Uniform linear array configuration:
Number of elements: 8
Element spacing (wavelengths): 0.5
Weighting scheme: kaiser
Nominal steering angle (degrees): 30
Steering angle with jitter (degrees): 31.59
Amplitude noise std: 0.05
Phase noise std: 0.05

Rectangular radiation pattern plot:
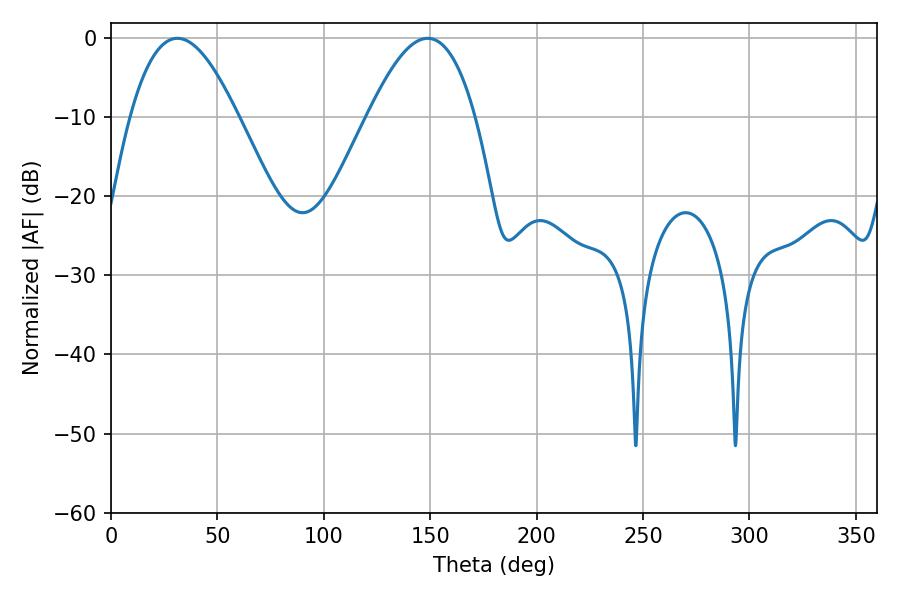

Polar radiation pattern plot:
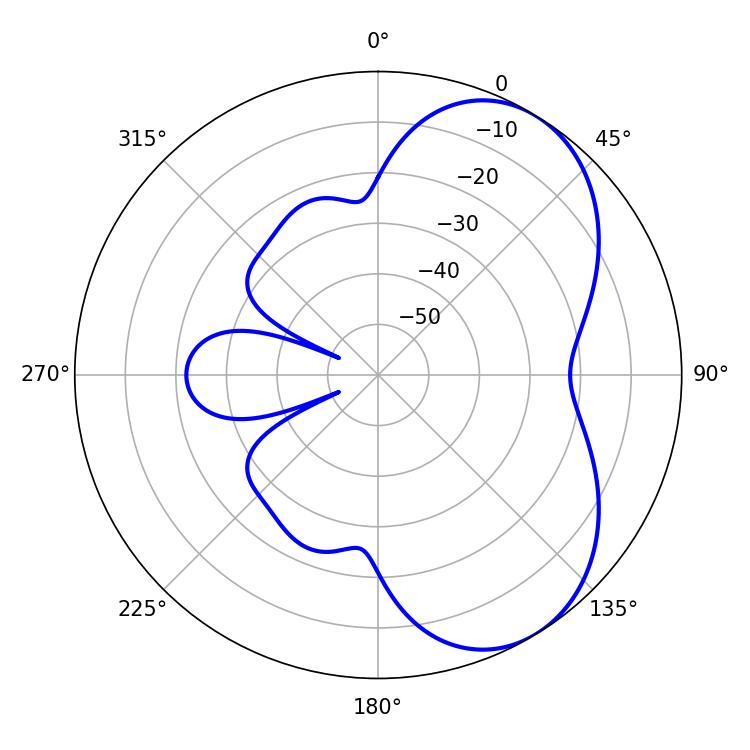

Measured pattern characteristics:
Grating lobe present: FALSE
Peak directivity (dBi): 5.537
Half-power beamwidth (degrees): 27.54
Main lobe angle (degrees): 31.14